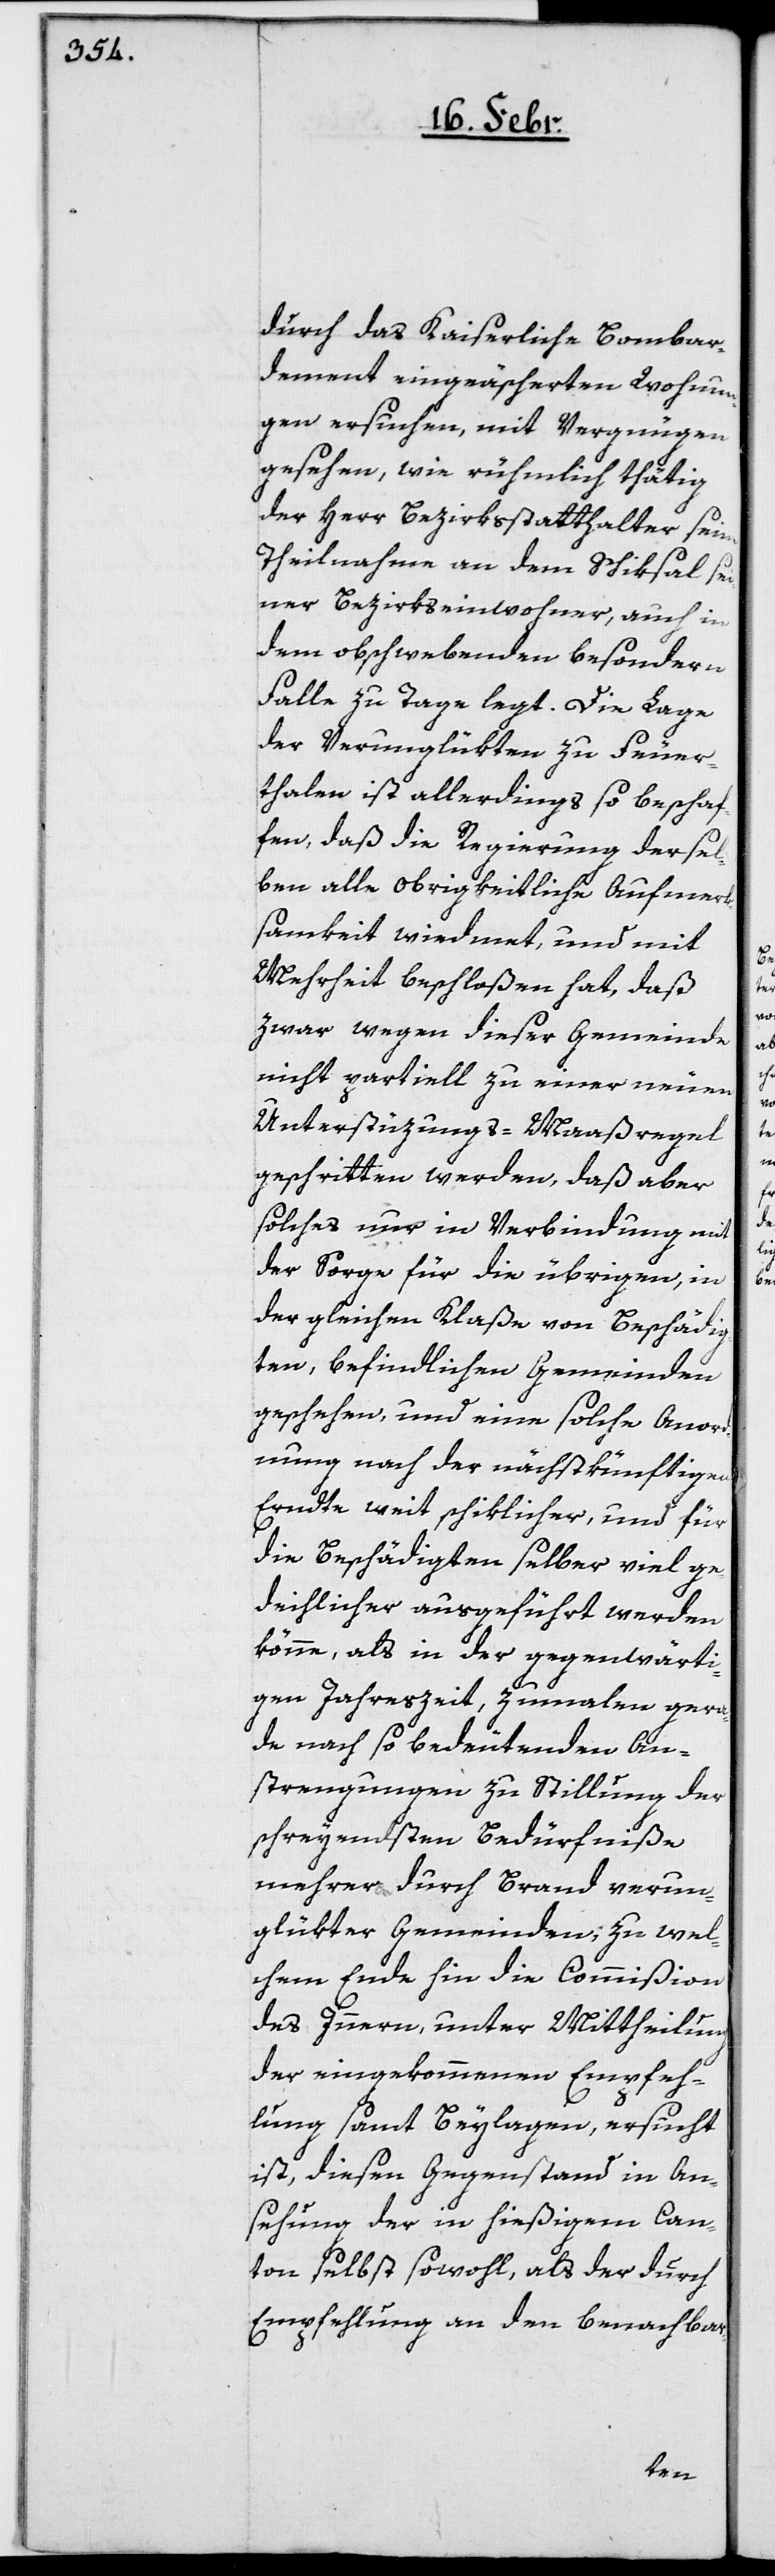
durch das Kaiserliche Bombar¬
dement eingeäscherten Wohnun¬
gen ersuchen, mit Vergnügen
gesehen, wie rühmlich thätig
der Herr Bezirksstatthalter seine
Theilnahme an dem Schiksal sei¬
ner Bezirkseinwohner, auch in
dem obschwebenden besondern
Falle zu Tage legt. Die Lage
der Verunglükten zu Feuer¬
thalen ist allerdings so beschaf¬
fen, daß die Regierung dersel¬
ben alle obrigkeitliche Aufmerk¬
samkeit wiedmet, und mit
Mehrheit beschloßen hat, daß
zwar wegen dieser Gemeinde
nicht partiell zu einer neuen
Unterstüzungs-Maaßregel
geschritten werden, daß aber
solches nur in Verbindung mit
der Sorge für die übrigen, in
der gleichen Klaße von Beschädig¬
ten, befindlichen Gemeinden
geschehen, und eine solche Anord¬
nung nach der nächstkünftigen
Erndte weit schiklicher, und für
die Beschädigten selber viel ge¬
deihlicher ausgeführt werden
könne, als in der gegenwärti¬
gen Jahreszeit, zumalen gera¬
de nach so bedeutenden An¬
strengungen zu Stillung der
schreyendsten Bedürfniße
glükten Gemeinden, zu wel¬
chem Ende hin die Commißion
des Innern, unter Mittheilung
der eingekommenen Empfeh¬
lung samt Beylagen, ersucht
ist, diesen Gegenstand in An¬
sehung der in hießigem Can¬
ton selbst sowohl, als der durch
Empfehlung an den benachbar-
verun¬